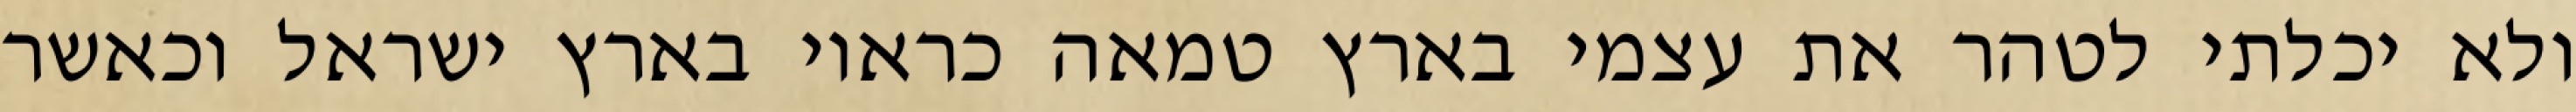
ולא יכלתי לטהר את עצמי בארץ טמאה כראוי בארץ ישראל וכאשר